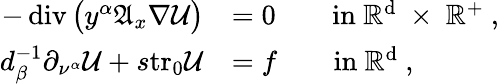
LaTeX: \begin{array}{rl}{-\operatorname{div}\big(y^{\alpha}\mathfrak{A}_{x}\nabla\mathcal{U}\big)}&{=0\qquad\mathrm{in~\mathbb{R}^{d}~\times~\mathbb{R}^+~},}\\ {d_{\beta}^{-1}\partial_{\nu^{\alpha}}\mathcal{U}+s\mathrm{tr_{0}}\mathcal{U}}&{=f\qquad\mathrm{in~\mathbb{R}^{d}~},}\end{array}